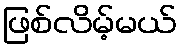
ဖြစ်လိမ့်မယ်